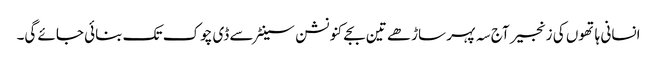
انسانی ہاتھوں کی زنجیر آج سہ پہر ساڑھے تین بجے کنونشن سینٹر سے ڈی چوک تک بنائی جائے گی۔